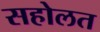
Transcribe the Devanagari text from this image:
सहोलत